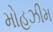
મોહઝીમ